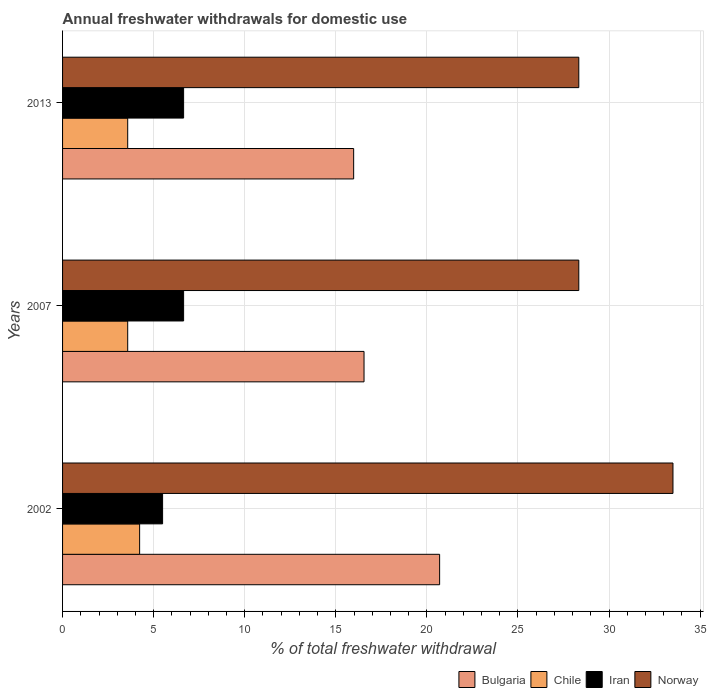
| Years | Bulgaria | Chile | Iran | Norway |
 | --- | --- | --- | --- | --- |
 | 2002 | 20.7 | 4.23 | 5.49 | 33.5 |
 | 2007 | 16.6 | 3.58 | 6.64 | 28.3 |
 | 2013 | 16 | 3.58 | 6.64 | 28.3 |